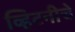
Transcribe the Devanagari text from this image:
व्हिटनीचे